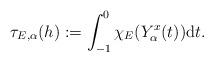
LaTeX: \begin{align*} \tau_{E,\alpha}(h) := \int_{-1}^{0} \chi_E(Y_\alpha^x(t)) \mathrm{d}t.\end{align*}